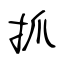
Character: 抓